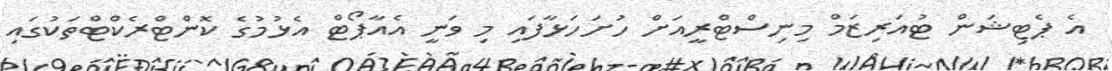
އެ ޕެޓިޝަން ޓުއަރިޒަމް މިނިސްޓްރީއަށް ހުށަހަޅާފައި މި ވަނީ އެއާޕޯޓް އެޅުމުގެ ކޮންޓްރެކްޓްތަކުގައި